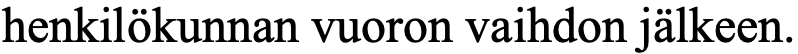
henkilökunnan vuoron vaihdon jälkeen.